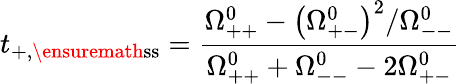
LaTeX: t_{+,\ensuremath{\mathrm{ss}}}=\frac{\Omega_{++}^{0}-\left(\Omega_{+-}^{0}\right)^{2}/\Omega_{--}^{0}}{\Omega_{++}^{0}+\Omega_{--}^{0}-2\Omega_{+-}^{0}}